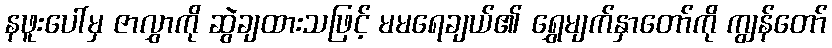
နဖူးပေါ်မှ ဇာလွှာကို ဆွဲချထားသဖြင့် မမရေချယ်၏ ရွှေမျက်နှာတော်ကို ကျွန်တော်